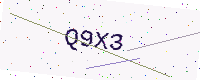
Text: Q9X3